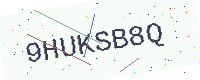
Text: 9HUKSB8Q